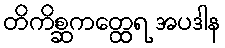
တိကိစ္ဆကတ္ထေရ အပဒါန